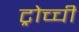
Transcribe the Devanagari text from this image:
ट्रोच्ची